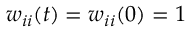
w _ { i i } ( t ) = w _ { i i } ( 0 ) = 1